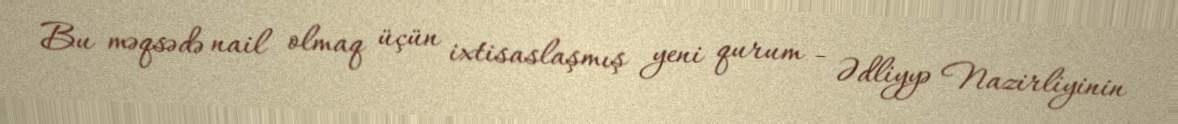
Bu məqsədə nail olmaq üçün ixtisaslaşmış yeni qurum - Ədliyyə Nazirliyinin